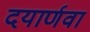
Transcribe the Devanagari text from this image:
दयार्णवा